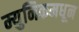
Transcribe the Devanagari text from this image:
म्युनिकमधून